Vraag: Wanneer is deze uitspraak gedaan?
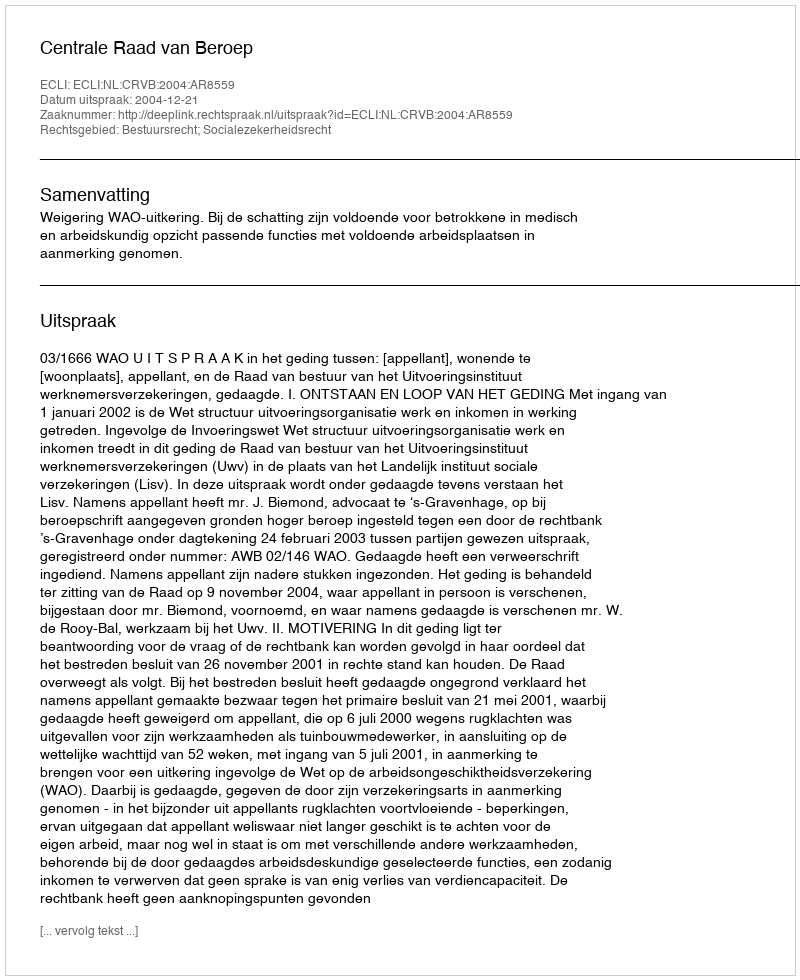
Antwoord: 2004-12-21